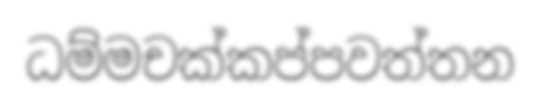
ධම්මචක්කප්පවත්තන